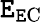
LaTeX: \mathtt{E}_{\mathrm{{\mathtt{E}C}}}